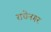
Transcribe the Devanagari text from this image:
राधेनगर